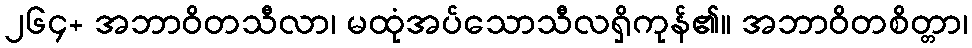
၂၆၄+ အဘာဝိတသီလာ၊ မထုံအပ်သောသီလရှိကုန်၏။ အဘာဝိတစိတ္တာ၊